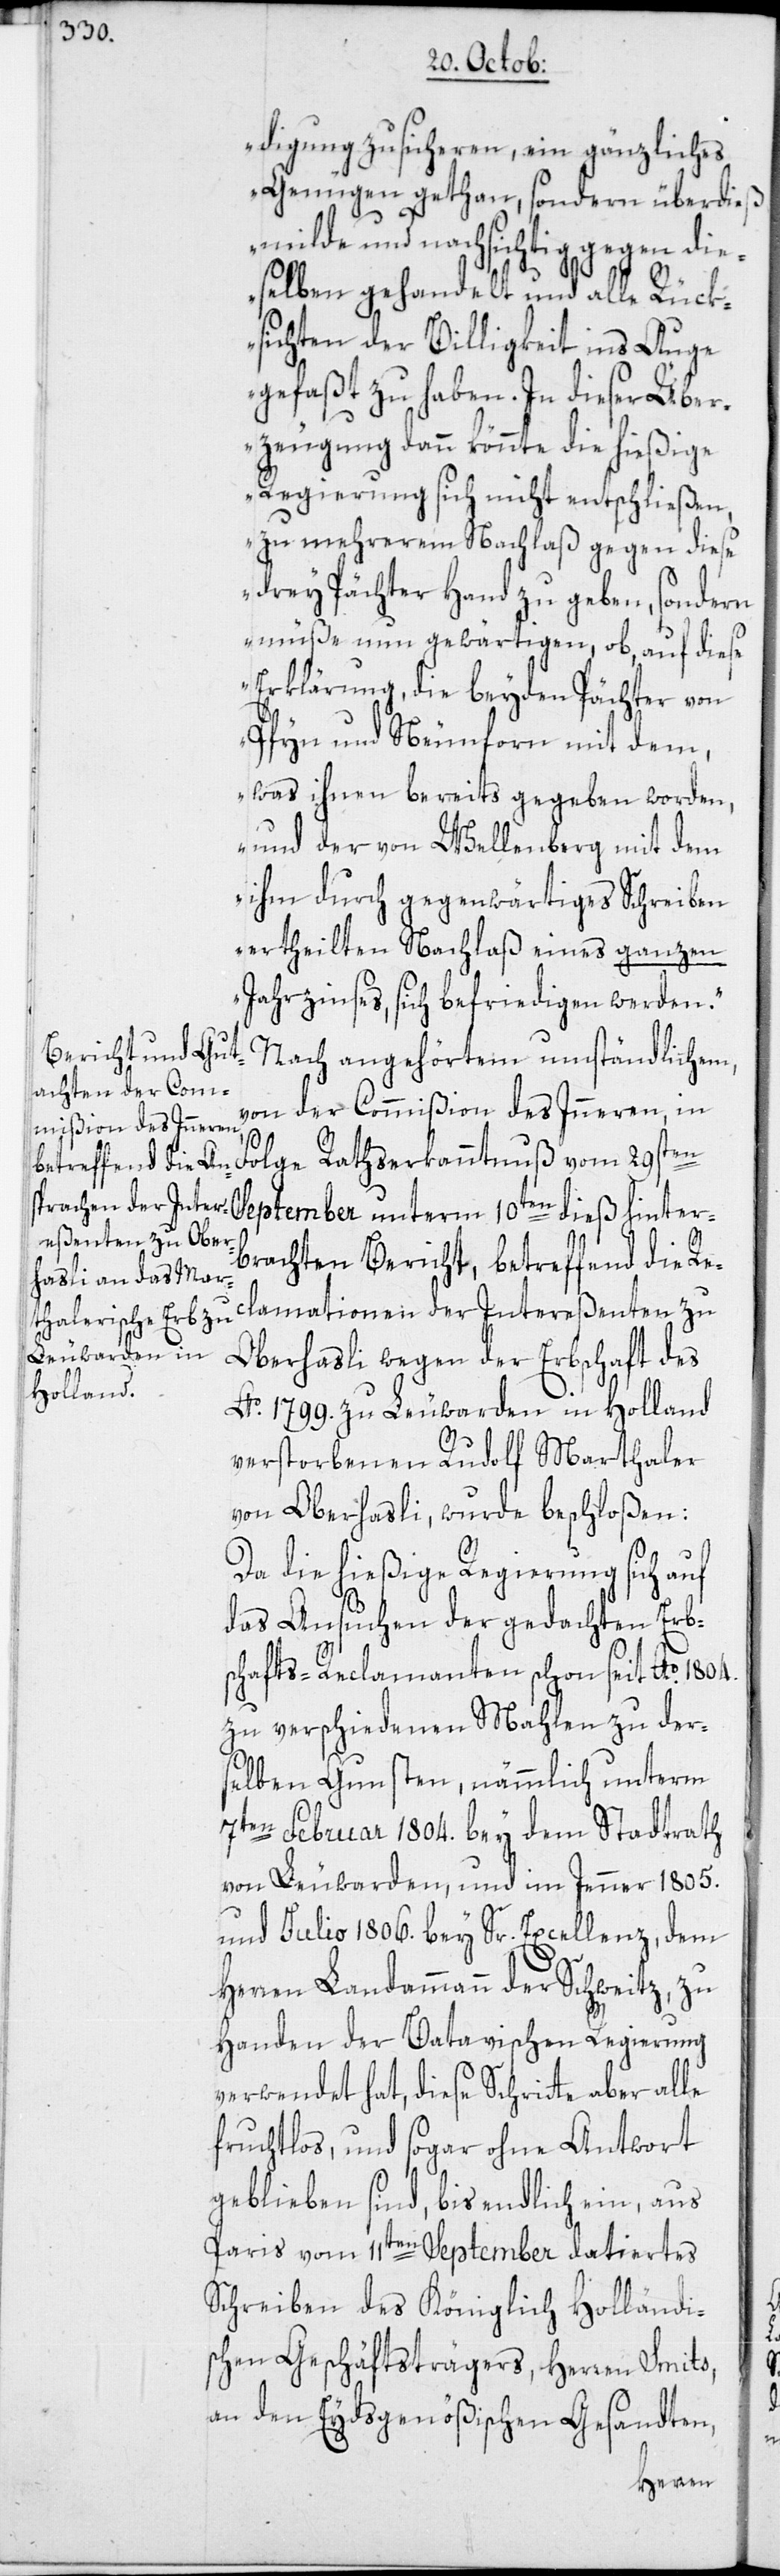
vom

digung zusicheren, ein gänzliches
Genügen gethan, sondern überdieß,
milde und nachsichtig gegen die¬
selben gehandelt und alle Rück¬
sichten der Billigkeit ins Auge
gefaßt zu haben. In dieser Über¬
zeugung dann könnte die hießige
Regierung sich nicht entschließen,
zu mehrerem Nachlaß gegen diese
drey Pächter Hand zu geben, sondern
müsse nun gewärtigen, ob, auf diese
Erklärung, die beyden Pächter von
Pfyn und Neunforn mit dem,
was ihnen bereits gegeben worden,
und der von Wellenberg mit dem
ihm durch gegenwärtiges Schreiben
ertheilten Nachlaß eines ganzen
Jahrzinses, sich befriedigen werden.“
Nach angehörtem umständlichem,
von der Commißion des Inneren, in
September unterm 10ten dieß hinter¬
brachten Bericht, betreffend die Re¬
clamationen der Intereßenten zu
Oberhasli wegen der Erbschaft des
Ao. 1799. zu Leuwarden in Holland
verstorbenen Rudolf Marthaler
von Oberhasli, wurde beschloßen:
Da die hießige Regierung sich auf
das Ansuchen der gedachten Erb¬
schafts-Reclamanten schon seit Ao. 1804.
zu verschiedenen Mahlen zu ders¬
elben Gunsten, nämmlich unterm
7ten Februar 1804. bey dem Stadtrath
von Leuwarden, und im Jenner 1805.
und Julio 1806. bey Sr. Excellenz, dem
Herren Landammann der Schweitz, zu
Handen der Batavischen Regierung
verwendet hat, diese Schritte aber alle
fruchtlos, und sogar ohne Antwort
geblieben sind, bis endlich ein, aus
Paris vom 11ten September datiertes
Schreiben des Königlich Holländi¬
schen Geschäftsträgers, Herren Smits,
an den Eydsgenößischen Gesandten,